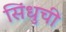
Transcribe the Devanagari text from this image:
सिंधुची